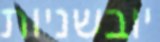
יובשניות